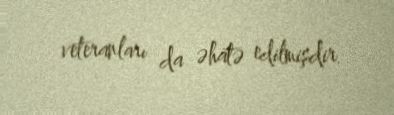
veteranları da əhatə edilmişdir.